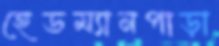
হেডম্যানপাড়া